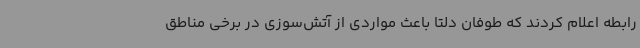
رابطه اعلام کردند که طوفان دلتا باعث مواردی از آتش‌سوزی در برخی مناطق